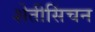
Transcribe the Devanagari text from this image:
शेतीसिंचन